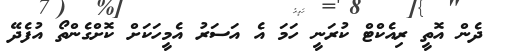
ދެން އޮތީ ރިއެކްޓް ކުރަނީ ހަމަ އެ އަސަރު އެމީހަކަށް ކޮށްގެންތޯ އުފެދޭ